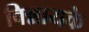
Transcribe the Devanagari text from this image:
विन्नायके